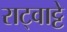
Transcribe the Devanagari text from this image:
राट्वाट्टे